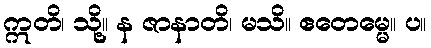
ဣတိ၊ သို့။ န ဇာနာတိ၊ မသိ။ ဧတေမ္မေ။ ပ။